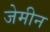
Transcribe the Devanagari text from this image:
जेमीन